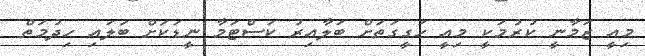
މިއީ ޒަމާނީ ކުރުމަކީ މިއީ ހަގީގަތަށް ބަލާއިރު ކަސްޓަމާ ނީޑަކަށް ބަލައި ހިދުމަތް